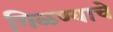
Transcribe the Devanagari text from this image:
गिळण्याचे